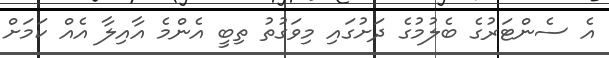
އެ ސެންޓަރުގެ ބެލުމުގެ ދަށުގައި މިވަގުތު ތިބީ އެންމެ އާއިލާ އެއް ކަމަށް